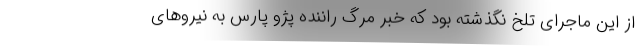
از این ماجرای تلخ نگذشته بود که خبر مرگ راننده پژو پارس به نیرو‌های